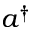
a ^ { \dagger }